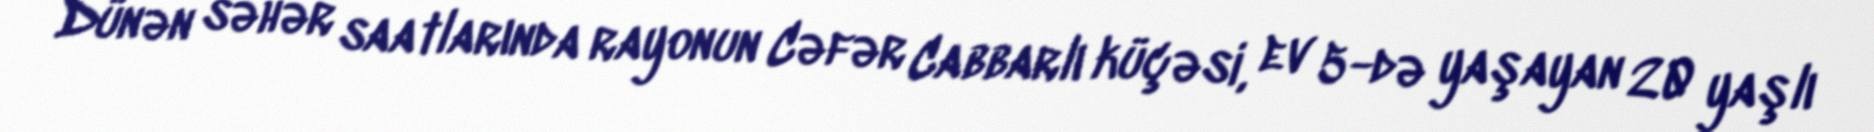
Dünən səhər saatlarında rayonun Cəfər Cabbarlı küçəsi, ev 5-də yaşayan 20 yaşlı